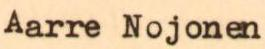
Aarre Nojonen